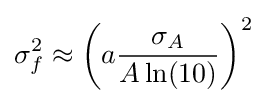
\sigma _{f}^{2}\approx \left(a{\frac {\sigma _{A}}{A\ln(10)}}\right)^{2}